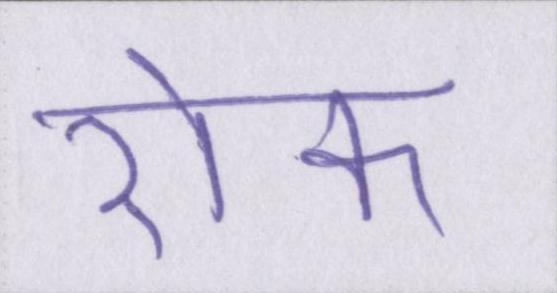
रॊक